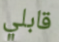
قابلي